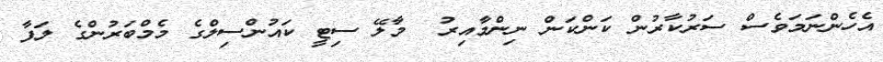
އެެހެންނަމަވެސް ސަރުކާރުން ކަންކަން ނިންމާއިރު  މާލޭ ސިޓީ ކައުންސިލްގެ މެމްބަރުންގެ ލަފާ